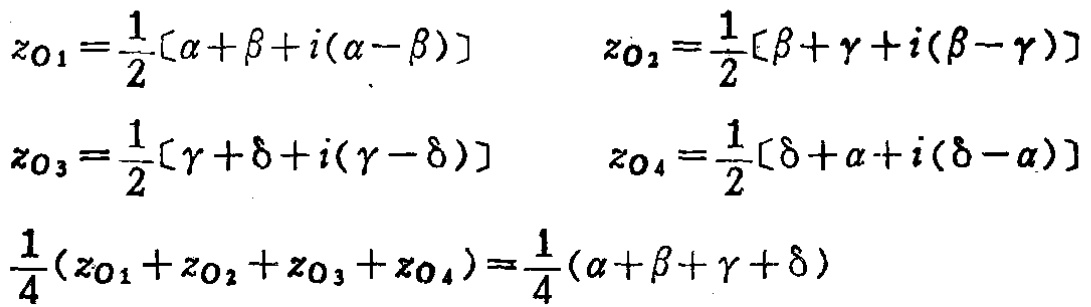
\[
\begin{align*}
z_{O1}&=\frac{1}{2}[\alpha + \beta + i(\alpha - \beta)]\\
z_{O2}&=\frac{1}{2}[\beta + \gamma + i(\beta - \gamma)]\\
z_{O3}&=\frac{1}{2}[\gamma + \delta + i(\gamma - \delta)]\\
z_{O4}&=\frac{1}{2}[\delta + \alpha + i(\delta - \alpha)]\\
\frac{1}{4}(z_{O1}+z_{O2}+z_{O3}+z_{O4})&=\frac{1}{4}(\alpha + \beta + \gamma + \delta)
\end{align*}
\]